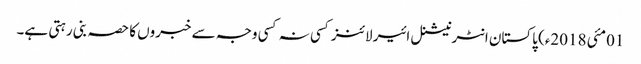
01مئی 2018ء) پاکستان انٹرنیشنل ائیر لائنز کسی نہ کسی وجہ سے خبروں کا حصہ بنی رہتی ہے۔